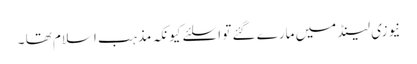
نیوزی لینڈ میں مارے گئے تو اسلئے کیونکہ مذہب اسلام تھا ۔